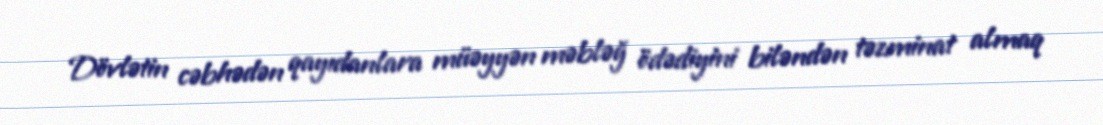
Dövlətin cəbhədən qayıdanlara müəyyən məbləğ ödədiyini biləndən təzminat almaq